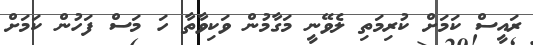
ރައީސް ކަމަށް ކުރިމަތި ލެވޭނީ މަގާމުން ވަކިވާތާ ހަ މަސް ފަހުން ކަމަށް